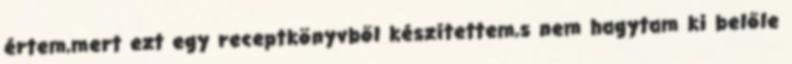
értem,mert ezt egy receptkönyvből készítettem,s nem hagytam ki belőle